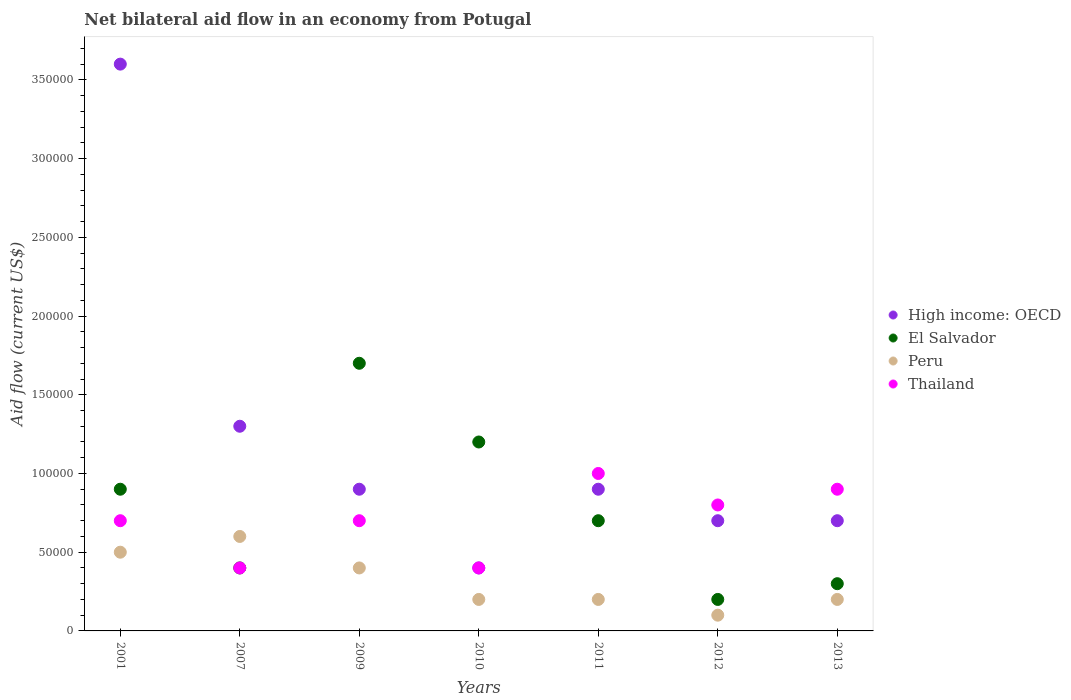
| Years | High income: OECD | El Salvador | Peru | Thailand |
 | --- | --- | --- | --- | --- |
 | 2001 | 3.6e+05 | 9e+04 | 5e+04 | 7e+04 |
 | 2007 | 1.3e+05 | 4e+04 | 6e+04 | 4e+04 |
 | 2009 | 9e+04 | 1.7e+05 | 4e+04 | 7e+04 |
 | 2010 | 4e+04 | 1.2e+05 | 2e+04 | 4e+04 |
 | 2011 | 9e+04 | 7e+04 | 2e+04 | 1e+05 |
 | 2012 | 7e+04 | 2e+04 | 1e+04 | 8e+04 |
 | 2013 | 7e+04 | 3e+04 | 2e+04 | 9e+04 |